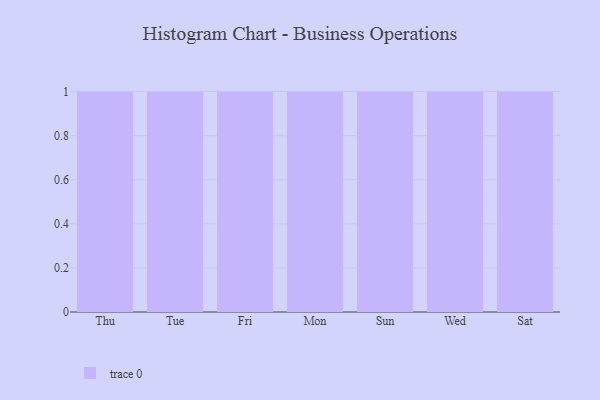
{"axis": {"x": "Day", "y": "Demand Index"}, "legend": [""], "data": [{"x": "Thu", "y": 40, "type": ""}, {"x": "Tue", "y": 98, "type": ""}, {"x": "Fri", "y": 86, "type": ""}, {"x": "Mon", "y": 92, "type": ""}, {"x": "Sun", "y": 14, "type": ""}, {"x": "Wed", "y": 20, "type": ""}, {"x": "Sat", "y": 69, "type": ""}]}